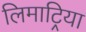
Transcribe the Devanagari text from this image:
लिमाट्रिया